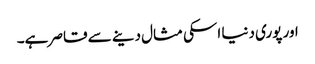
اور پوری دنیا اسکی مثال دینے سے قاصر ہے۔